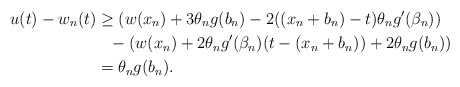
\begin{align*}u(t) - w_n (t) & \geq \left( w(x_n) + 3\theta_n g (b_n) - 2((x_n + b_n) - t)\theta_n g' (\beta_n)\right)\\& \phantom{=} {}- \left( w(x_n) + 2 \theta_n g'(\beta_n) (t- (x_n + b_n)) + 2 \theta_n g (b_n)\right)\\& = \theta_n g(b_n).\end{align*}